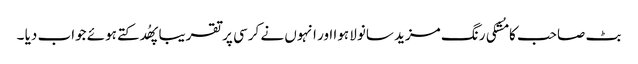
بٹ صاحب کا مُشکی رنگ مزید سانولا ہوا اور انہوں نے کرسی پر تقریبا پھُدکتے ہوئے جواب دیا ۔